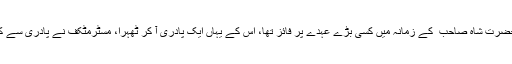
مسٹر مٹکف نامی کوئی انگریز حضرت شاہ صاحب ؒ کے زمانہ میں کسی بڑے عہدے پر فائز تھا، اس کے یہاں ایک پادری آ کر ٹھہرا، مسٹرمٹکف نے پادری سے کہا شاہ صاحب ؒ کو ہراؤ تو جانیں۔